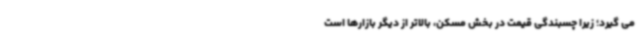
می گیرد؛ زیرا چسبندگی قیمت در بخش مسکن، بالاتر از دیگر بازارها است